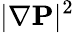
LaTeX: |\nabla{\mathbf P}|^{2}